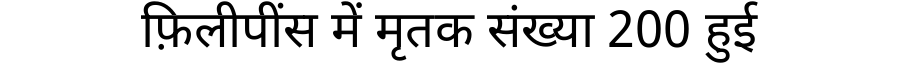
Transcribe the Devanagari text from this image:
फ़िलीपींस में मृतक संख्या 200 हुई